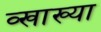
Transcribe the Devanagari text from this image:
व्खाख्या